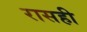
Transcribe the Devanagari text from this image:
रासही